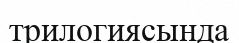
трилогиясында